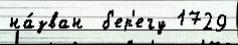
на́зван  б'ер'егу 1729